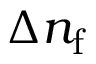
\Delta n _ { \mathrm { f } }